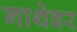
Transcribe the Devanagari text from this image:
गाथेवर